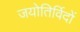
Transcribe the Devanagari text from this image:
जयोतिर्विदों